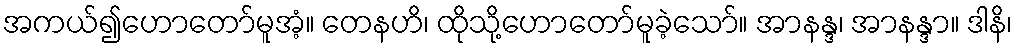
အကယ်၍ဟောတော်မူအံ့။ တေနဟိ၊ ထိုသို့ဟောတော်မူခဲ့သော်။ အာနန္ဒ၊ အာနန္ဒာ။ ဒါနိ၊